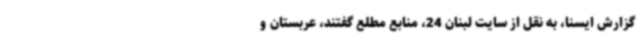
گزارش ایسنا، به نقل از سایت لبنان 24، منابع مطلع گفتند، عربستان و